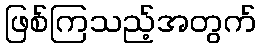
ဖြစ်ကြသည့်အတွက်